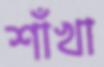
শাঁখা